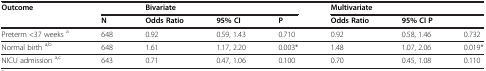
| Outcome |  | <COLSPAN=3> Bivariate | <COLSPAN=3> Multivariate |
 |  | N | Odds Ratio | 95% CI | P | Odds Ratio | <COLSPAN=2> 95% CI P |
 | --- | --- | --- | --- | --- | --- | --- | --- |
 | Preterm <37 weeks a | 648 | 0.92 | 0.59, 1.43 | 0.710 | 0.92 | 0.58, 1.46 | 0.732 |
 | Normal birth a,b | 648 | 1.61 | 1.17, 2.20 | 0.003* | 1.48 | 1.07, 2.06 | 0.019* |
 | NICU admission a,c | 643 | 0.71 | 0.47, 1.06 | 0.100 | 0.70 | 0.45, 1.08 | 0.110 |